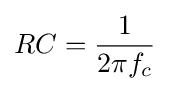
RC={\frac {1}{2\pi f_{c}}}